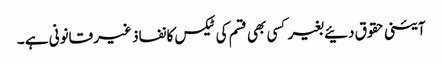
آئینی حقوق دئیے بغیر کسی بھی قسم کی ٹیکس کا نفاذ غیر قانونی ہے ۔